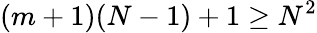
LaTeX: (m+1)(N-1)+1\geq N^{2}